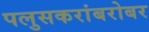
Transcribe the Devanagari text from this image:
पलुसकरांबरोबर